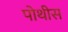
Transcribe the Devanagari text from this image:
पोथीस